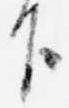
下